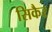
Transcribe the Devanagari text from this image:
सिकैर